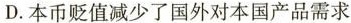
D. 本币贬值减少了国外对本国产品需求